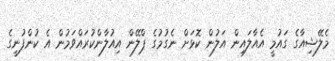
މެލޭޝިއާގެ ގައުމީ އެއާލައިން އަލުން ކޮޅަށް ނެގުމުގެ ޕްލޭން އިއުލާންކުރައްވަމުން އެ ކުންފުނީގެ